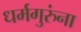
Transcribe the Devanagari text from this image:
धर्मगुरुंना